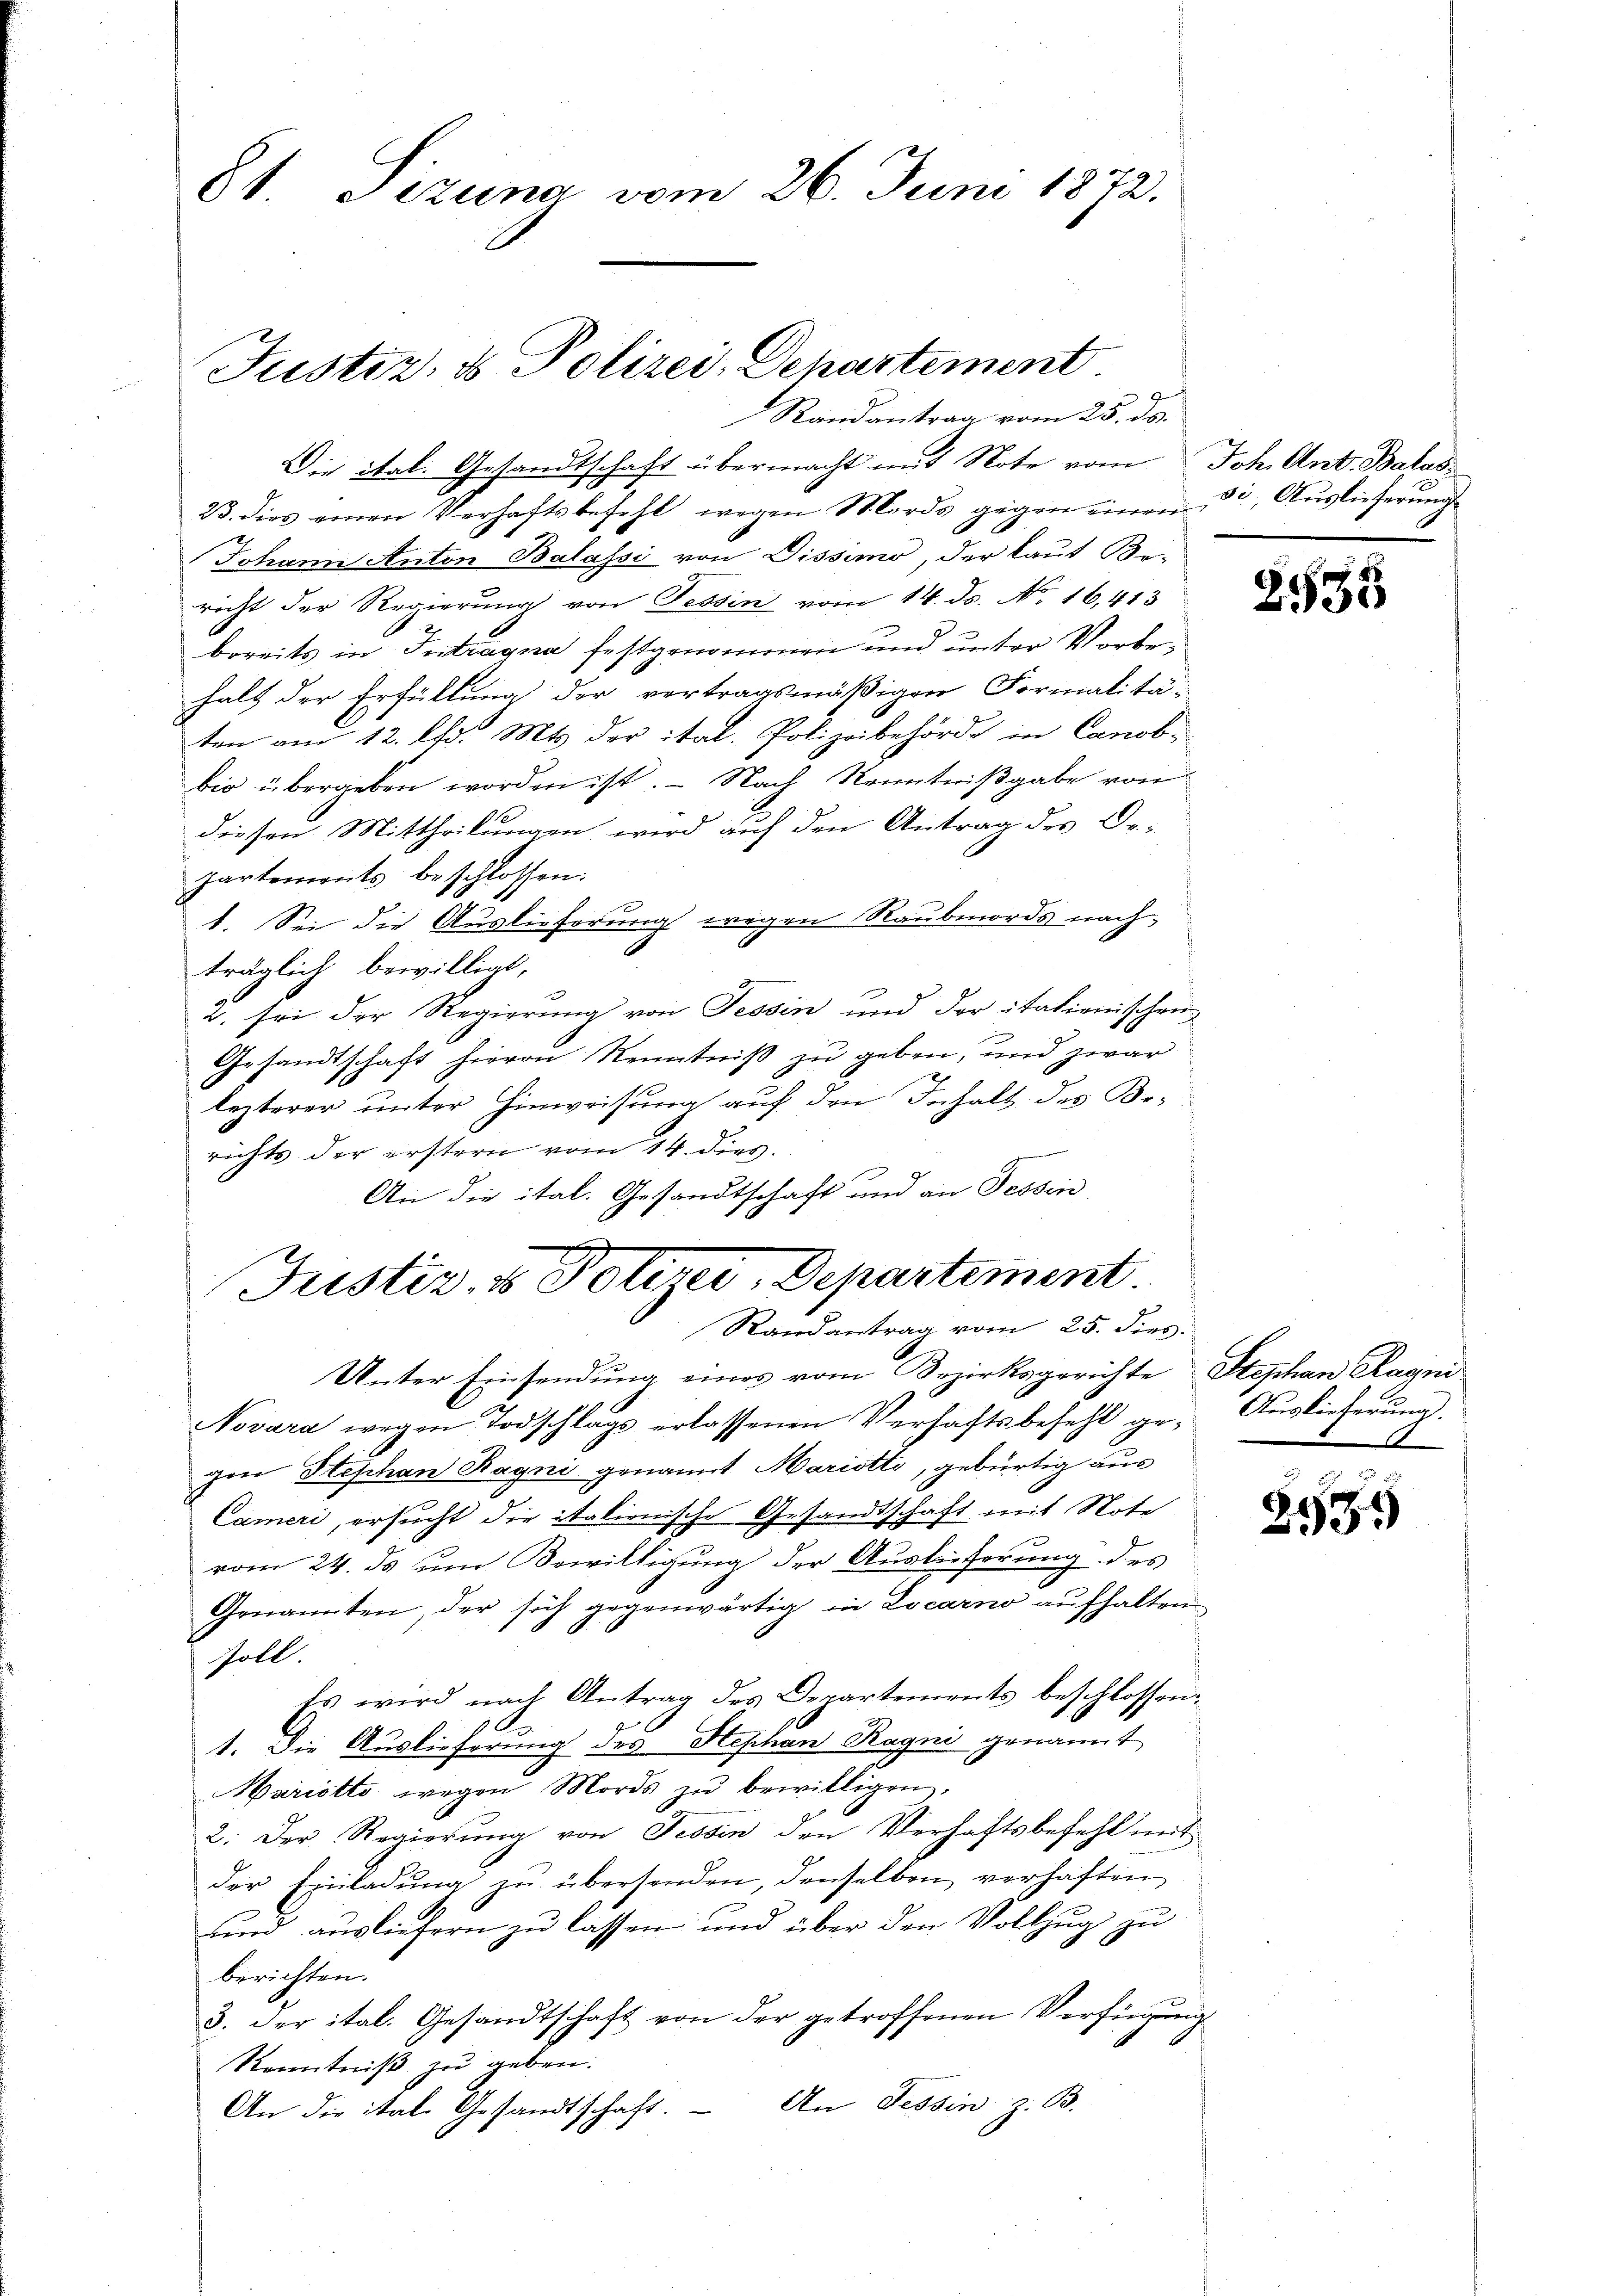
81 Pizuna vom 26. Juni 1872.

Justiz & Polizei, Departement
Randantrag vom 25. ds.

Justiz- & Polizei, Departement
Randantrag vom 25. dies

Die ital. Gesandtschaft übermacht mit Note vom Joh. Ant. Batas
23. dies einen Verhaftsbefehl wegen Mords gegen einen 32, Auslieferŭng
Johann Anton Balassi von Dissimo, der laut Be-
richt der Regierung von Tessin vom 14. ds. No. 16,413
bereits in Intragna festgenommen und unter Vorbehalt der Erfüllung der vertragsmäßigen Formalitä-
ten am 12. d. Mts. der ital. Polizeibehörde in Canob.
bio übergeben worden ist. — Nach Kenntnißgabe von
diesen Mittheilungen wird auf den Antrag des De-
partements beschlossen:
1. Sei die Auslieferung wegen Raubmords nachträglich bewilligt,
2. sei der Regierung von Tessin und der itationischen
Gesandtschaft hievon Kenntniß zu geben, und zwar
lezterer unter Hinweisung auf den Inhalt des Berichts der erstern vom 14. dies
An die ital. Gesandtschaft und an Tessin

Unter Einsendung einer vom Bezirksgerichte Stephan Ragni
Novara wegen Todschlags erlassenen Verhaftsbefehl ge- Aŭslieferŭng.
gen Stephan Ragni genannt Maristto, gebürtig aus
Cameri, ersucht die italionische Gesandtschaft mit Note
vom 24. ds um Bewilligung der Auslieferung des
Genannten, der sich gegenwärtig in Locarno aufhalten
soll.
Es wird nach Antrag des Departements beschlossen:
1. Die Auslieferung des Hephan Ragni genannt
Marietto wegen Mords zŭ bewilligen,
2. Der Regierung von Tessin den Verhaftsbefehl mit
der Einladŭng zŭ übersenden, denselben verhaften,
und ausliefern zu lassen und über den Vollzug zu
berichten.
3. der ital. Gesandtschaft von der getroffenen Verfügung
Kenntniß zu geben.
An die itale Gesandtschaft. – An Tessin z. B.

2535

29